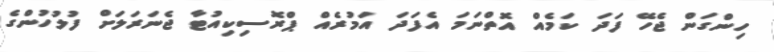
ހިންގަން ޖެހޭ ފަދަ ކަމެއް އޮތްނަމަ އެފަދަ އަމުރެއް ޕްރޮސިކިއުޓާ ޖެނަރަލަށް ފުލުހުންގެ